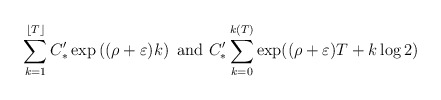
\begin{align*}\sum_{k=1}^{\lfloor T\rfloor}C'_*\exp\left(({\rho}+\varepsilon) k\right)\mbox{ and } C'_* \sum_{k=0}^{k(T)} \exp(({\rho}+\varepsilon) T + k\log 2)\end{align*}